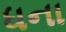
ધના